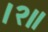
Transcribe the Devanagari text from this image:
।२॥